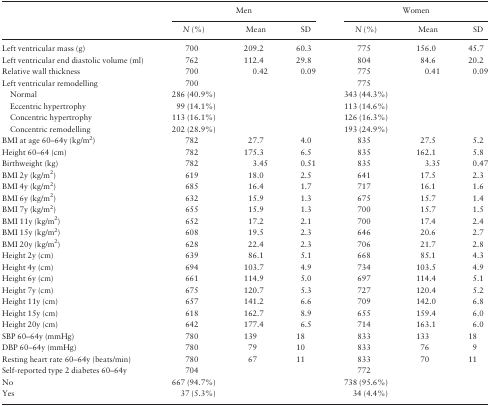
<table><thead><tr><td></td><td colspan="3"><b>Men</b></td><td colspan="3"><b>Women</b></td></tr><tr><td></td><td><b><i>N</i> (%)</b></td><td><b>Mean</b></td><td><b>SD</b></td><td><b><i>N</i> (%)</b></td><td><b>Mean</b></td><td><b>SD</b></td></tr></thead><tbody><tr><td>Left ventricular mass (g)</td><td>700</td><td>209.2</td><td>60.3</td><td>775</td><td>156.0</td><td>45.7</td></tr><tr><td>Left ventricular end diastolic volume (ml)</td><td>762</td><td>112.4</td><td>29.8</td><td>804</td><td>84.6</td><td>20.2</td></tr><tr><td>Relative wall thickness</td><td>700</td><td>0.42</td><td>0.09</td><td>775</td><td>0.41</td><td>0.09</td></tr><tr><td>Left ventricular remodelling</td><td>700</td><td></td><td></td><td>775</td><td></td><td></td></tr><tr><td>Normal</td><td>286 (40.9%)</td><td></td><td></td><td>343 (44.3%)</td><td></td><td></td></tr><tr><td>Eccentric hypertrophy</td><td>99 (14.1%)</td><td></td><td></td><td>113 (14.6%)</td><td></td><td></td></tr><tr><td>Concentric hypertrophy</td><td>113 (16.1%)</td><td></td><td></td><td>126 (16.3%)</td><td></td><td></td></tr><tr><td>Concentric remodelling</td><td>202 (28.9%)</td><td></td><td></td><td>193 (24.9%)</td><td></td><td></td></tr><tr><td>BMI at age 60–64y (kg/m<sup>2</sup>)</td><td>782</td><td>27.7</td><td>4.0</td><td>835</td><td>27.5</td><td>5.2</td></tr><tr><td>Height 60–64 (cm)</td><td>782</td><td>175.3</td><td>6.5</td><td>835</td><td>162.1</td><td>5.8</td></tr><tr><td>Birthweight (kg)</td><td>782</td><td>3.45</td><td>0.51</td><td>835</td><td>3.35</td><td>0.47</td></tr><tr><td>BMI 2y (kg/m<sup>2</sup>)</td><td>619</td><td>18.0</td><td>2.5</td><td>641</td><td>17.5</td><td>2.3</td></tr><tr><td>BMI 4y (kg/m<sup>2</sup>)</td><td>685</td><td>16.4</td><td>1.7</td><td>717</td><td>16.1</td><td>1.6</td></tr><tr><td>BMI 6y (kg/m<sup>2</sup>)</td><td>632</td><td>15.9</td><td>1.3</td><td>675</td><td>15.7</td><td>1.4</td></tr><tr><td>BMI 7y (kg/m<sup>2</sup>)</td><td>655</td><td>15.9</td><td>1.3</td><td>700</td><td>15.7</td><td>1.5</td></tr><tr><td>BMI 11y (kg/m<sup>2</sup>)</td><td>652</td><td>17.2</td><td>2.1</td><td>700</td><td>17.4</td><td>2.4</td></tr><tr><td>BMI 15y (kg/m<sup>2</sup>)</td><td>608</td><td>19.5</td><td>2.3</td><td>646</td><td>20.6</td><td>2.7</td></tr><tr><td>BMI 20y (kg/m<sup>2</sup>)</td><td>628</td><td>22.4</td><td>2.3</td><td>706</td><td>21.7</td><td>2.8</td></tr><tr><td>Height 2y (cm)</td><td>639</td><td>86.1</td><td>5.1</td><td>668</td><td>85.1</td><td>4.3</td></tr><tr><td>Height 4y (cm)</td><td>694</td><td>103.7</td><td>4.9</td><td>734</td><td>103.5</td><td>4.9</td></tr><tr><td>Height 6y (cm)</td><td>661</td><td>114.9</td><td>5.0</td><td>697</td><td>114.4</td><td>5.1</td></tr><tr><td>Height 7y (cm)</td><td>675</td><td>120.7</td><td>5.3</td><td>727</td><td>120.4</td><td>5.2</td></tr><tr><td>Height 11y (cm)</td><td>657</td><td>141.2</td><td>6.6</td><td>709</td><td>142.0</td><td>6.8</td></tr><tr><td>Height 15y (cm)</td><td>618</td><td>162.7</td><td>8.9</td><td>655</td><td>159.4</td><td>6.0</td></tr><tr><td>Height 20y (cm)</td><td>642</td><td>177.4</td><td>6.5</td><td>714</td><td>163.1</td><td>6.0</td></tr><tr><td>SBP 60–64y (mmHg)</td><td>780</td><td>139</td><td>18</td><td>833</td><td>133</td><td>18</td></tr><tr><td>DBP 60–64y (mmHg)</td><td>780</td><td>79</td><td>10</td><td>833</td><td>76</td><td>9</td></tr><tr><td>Resting heart rate 60–64y (beats/min)</td><td>780</td><td>67</td><td>11</td><td>833</td><td>70</td><td>11</td></tr><tr><td>Self-reported type 2 diabetes 60–64y</td><td>704</td><td></td><td></td><td>772</td><td></td><td></td></tr><tr><td>No</td><td>667 (94.7%)</td><td></td><td></td><td>738 (95.6%)</td><td></td><td></td></tr><tr><td>Yes</td><td>37 (5.3%)</td><td></td><td></td><td>34 (4.4%)</td><td></td><td></td></tr></tbody></table>